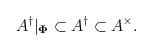
LaTeX: \begin{align*}A^\dag|_{\mathbf\Phi} \subset A^\dag \subset A^\times.\end{align*}